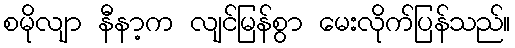
စမိုလျာ နီနာ့က လျင်မြန်စွာ မေးလိုက်ပြန်သည်။